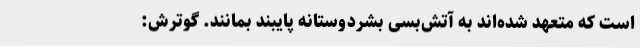
است که متعهد شده‌اند به آتش‌بسی بشردوستانه پایبند بمانند. گوترش: